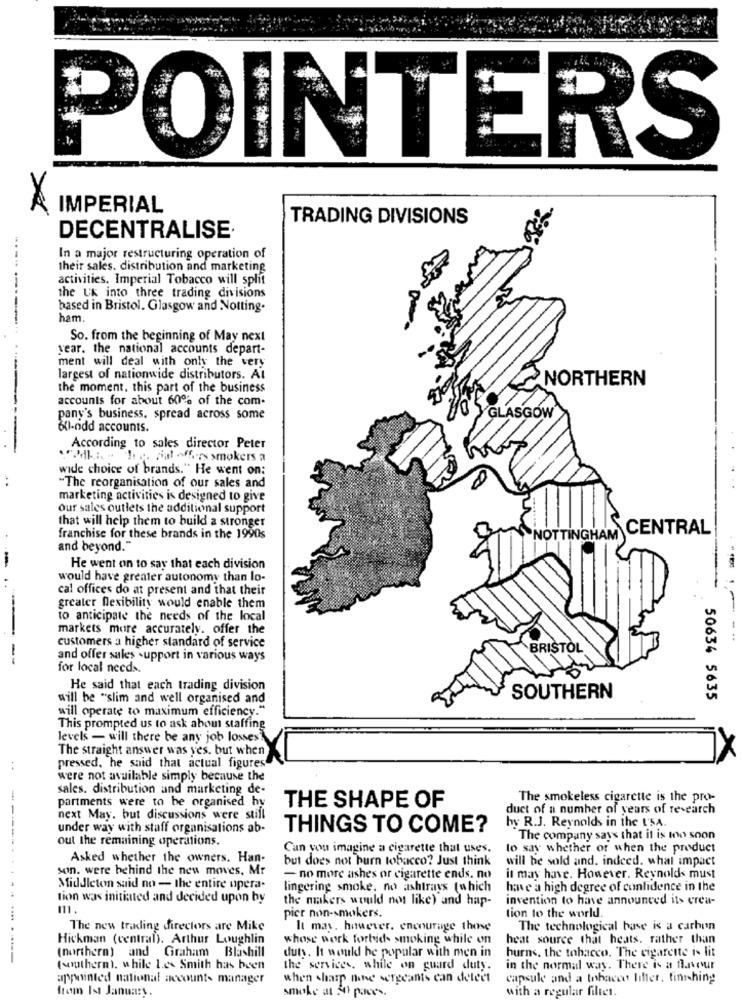
POINTERS
IMPERIAL
TRADING DIVISIONS
DECENTRALISE·
In a major restructuring operation of
their sales. distribution and marketing
activities. Imperial Tobacco will split
the Uk into three trading divisions
based in Bristol. Glasgow and Notting.
ham.
So. from the beginning of May next
year. the national accounts depart-
ment will deal with only the very
---
largest of nationwide distributors. Al
NORTHERN
the moment, this part of the business
accounts for about 60% of the com.
pany's business. spread across some
GLASGOW
----
61-odd accounts.
According to sales director Peter
..: . he, pal offers smokers a
wide choice of brands." He went on:
"The reorganisation of our sales and
marketing activities is designed to give
our sales outlets the additional support
that will help them to build a stronger
NOTTINGHAM CENTRAL
franchise for these brands in the 1990s
and beyond."
He went on to say that each division
would have greater autonomy than lo-
cal offices do at present and that their
greater flexibility would enable them
to anticipate the needs of the local
markets more accurately. offer the
customers a higher standard of service
-
BRISTOL
and offer sales - upport in various ways
for local needs.
He said that each trading division
will be "slim and well organised and
SOUTHERN
50634 5635
will operate to maximum efficiency."
This prompted us to ask about staffing
levels - will there be any job losses?
The straight answer was yes. but when
pressed, he said that actual figures
were not available simply because the
sales. distribution and marketing de-
partments were to be organised hy
The smokeless cigarette is the pro-
THE SHAPE OF
duct of a number of years of research
next May. but discussions were still
hy R.J. Reynolds in the L'SA.
under way with staff organisations ab-
THINGS TO COME?
out the remaining operations.
The company says that it is too soon
Can you imagine a cigarette that uses.
lo say whether or when the product
Asked whether the owners. Han-
but does not burn tobacco? Just think
will be sold and. indeed. what impact
son. were behind the new moves, Mr
- no more ashes or cigarette ends. no
il may have. However. Reynolds must
----.....
Middleton said no - the entire opera-
lingering smoke, no ashtrays (which
have a high degree of confidence in the
tion was initiated and decided upon by
the makers would not like) and hap-
invention to have announced its erea-
111.
pier non-smokers.
tion to the world.
The new trading directors are Mike
It may, however, encourage those
The technological base is a carbon
Hickman (central). Arthur Loughlin
whose work forbids smoking while on
heat source that heats. rather than
(northern) and Graham Blashill
duty. It would be popular with men in
hurns, the tobacco. The cigarette is lit
(southern). while I.e. Smith has been
the services, while on guard duty.
in the normal way. There is a fanour
appointed national accounts manager
when sharp none sergeants can detect
capsule and a tobacco lifter. finshing
from Ist January.
smoke at 30 paces.
with a regular filter.